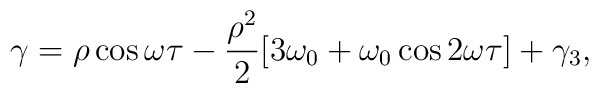
\gamma=\rho\cos\omega\tau-\frac{\rho^{2}}{2}[3\omega_{0}+\omega_{0}\cos2\omega\tau]+\gamma_{3},